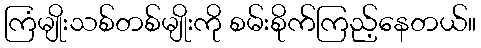
ကြံမျိုးသစ်တစ်မျိုးကို စမ်းစိုက်ကြည့်နေတယ်။